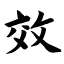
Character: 效